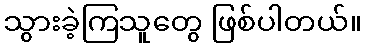
သွားခဲ့ကြသူတွေ ဖြစ်ပါတယ်။